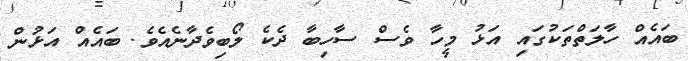
ބައެއް ހާލަތްތަކުގައި އަޅު މީހާ ވެސް ސާހިބާ ދެކެ ލޯބިވެދާނެއެވެ. ބައެއް އަޅުން